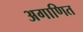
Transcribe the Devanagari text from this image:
अगाणित